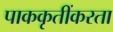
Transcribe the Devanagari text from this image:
पाककृतींकरता